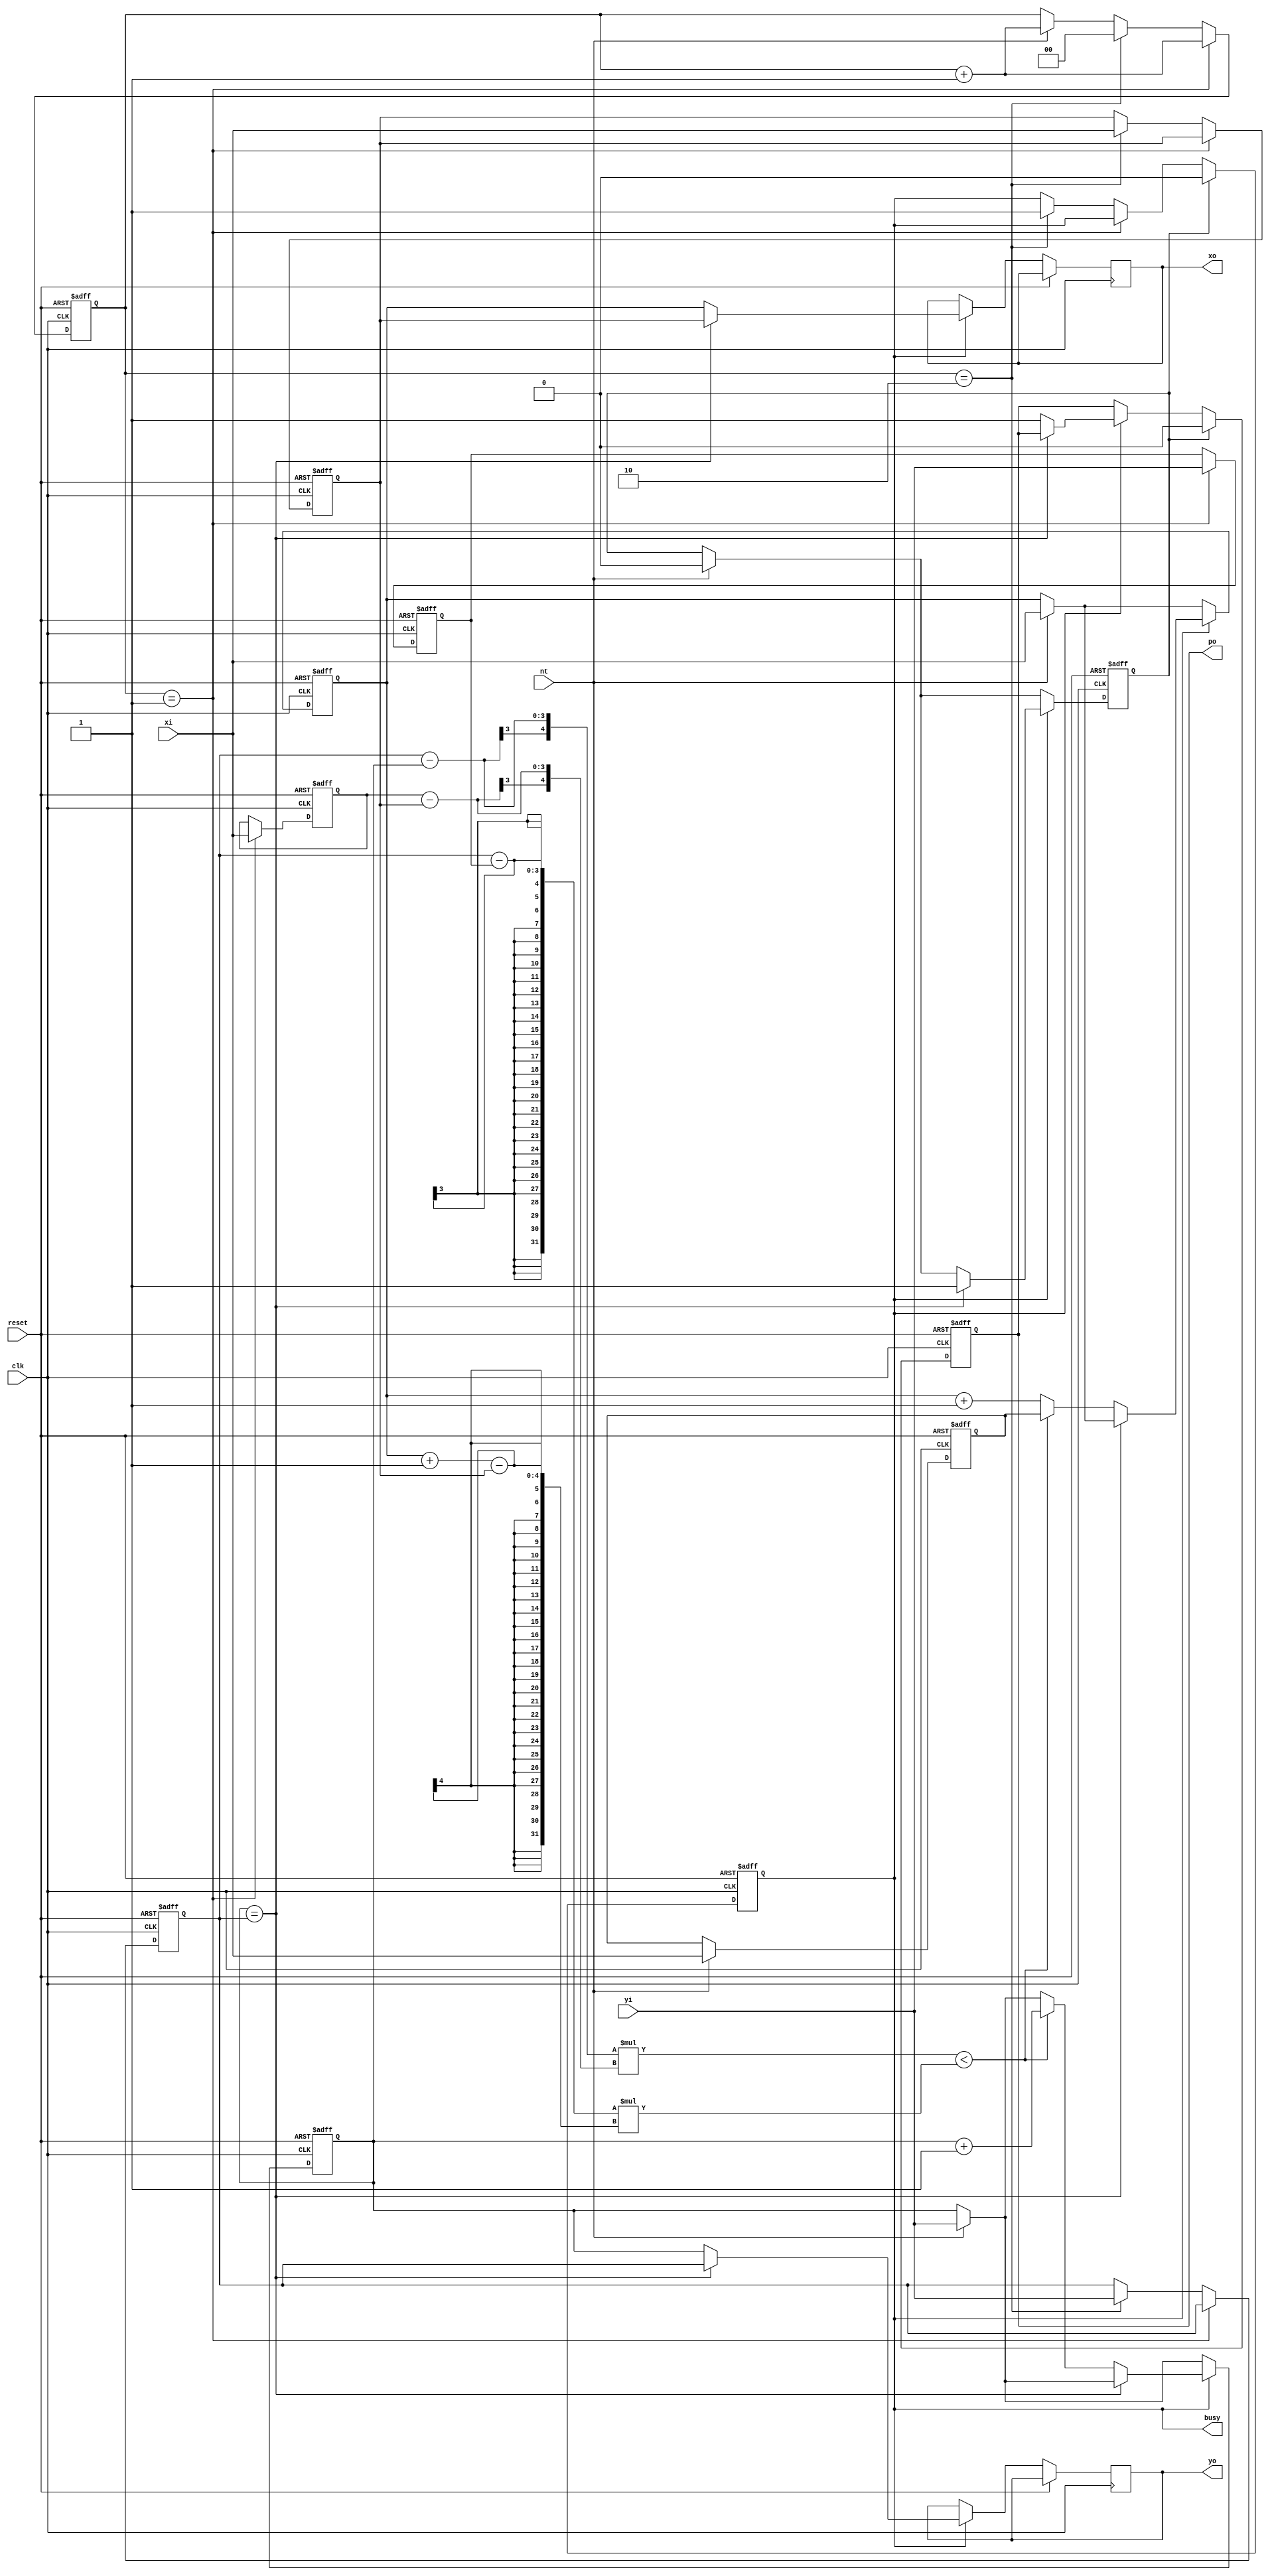
module triangle (clk, reset, nt, xi, yi, busy, po, xo, yo);

input clk, reset, nt;
input [2:0] xi, yi;
output reg busy, po;
output reg [2:0] xo, yo;

reg [2:0] x1, y1, x2, y2, x3, y3, xt, yt;
reg [1:0] counter;
reg flag;

wire [4:0] A, B;

assign A = (y3-yt)*(x2-x3);
assign B = (y3-y2)*((xt+1)-x3);

always @ (posedge clk or posedge reset) begin
	if(reset) begin
		counter <= 0;
		flag <= 0;
		busy <= 0;
		po <= 0;
		x1 <= 0;
		y1 <= 0;
		x2 <= 0;
		y2 <= 0;
		x3 <= 0;
		y3 <= 0;
		xt <= 0;
		yt <= 0;
	end
	else begin
		if(nt) begin	// read point
			x1 <= xi;
			y1 <= yi;
			xt <= xi;
			yt <= yi;
			counter <= counter+1'b1;
			flag <= 0;
		end
		else begin
		end
		if(counter == 1) begin
			x2 <= xi;
			y2 <= yi;
			counter <= counter+1'b1;
		end
		else if(counter == 2) begin
			x3 <= xi;
			y3 <= yi;
			counter <= 0;
			busy <= 1'b1;
			//po <= 1'b1;
		end
		else begin
		end
		
		if(busy) begin	// start processing
			
			if(yt == y3) begin
				xo <= x3;
				yo <= y3;
				flag <= 1'b1;
			end
			else begin
				po <= 1'b1;
				if( A < B ) begin
					xo <= xt;
					yo <= yt;
					xt <= x1;
					yt <= yt+1'b1;
				end
				else begin
					xo <= xt;
					yo <= yt;
					xt <= xt+1'b1;
				end
			end
		end
		else begin
		end
		
		if(flag) begin	// stop
			busy <= 1'b0;
			po <= 1'b0;
		end
		else begin
		end
	end
end       

endmodule